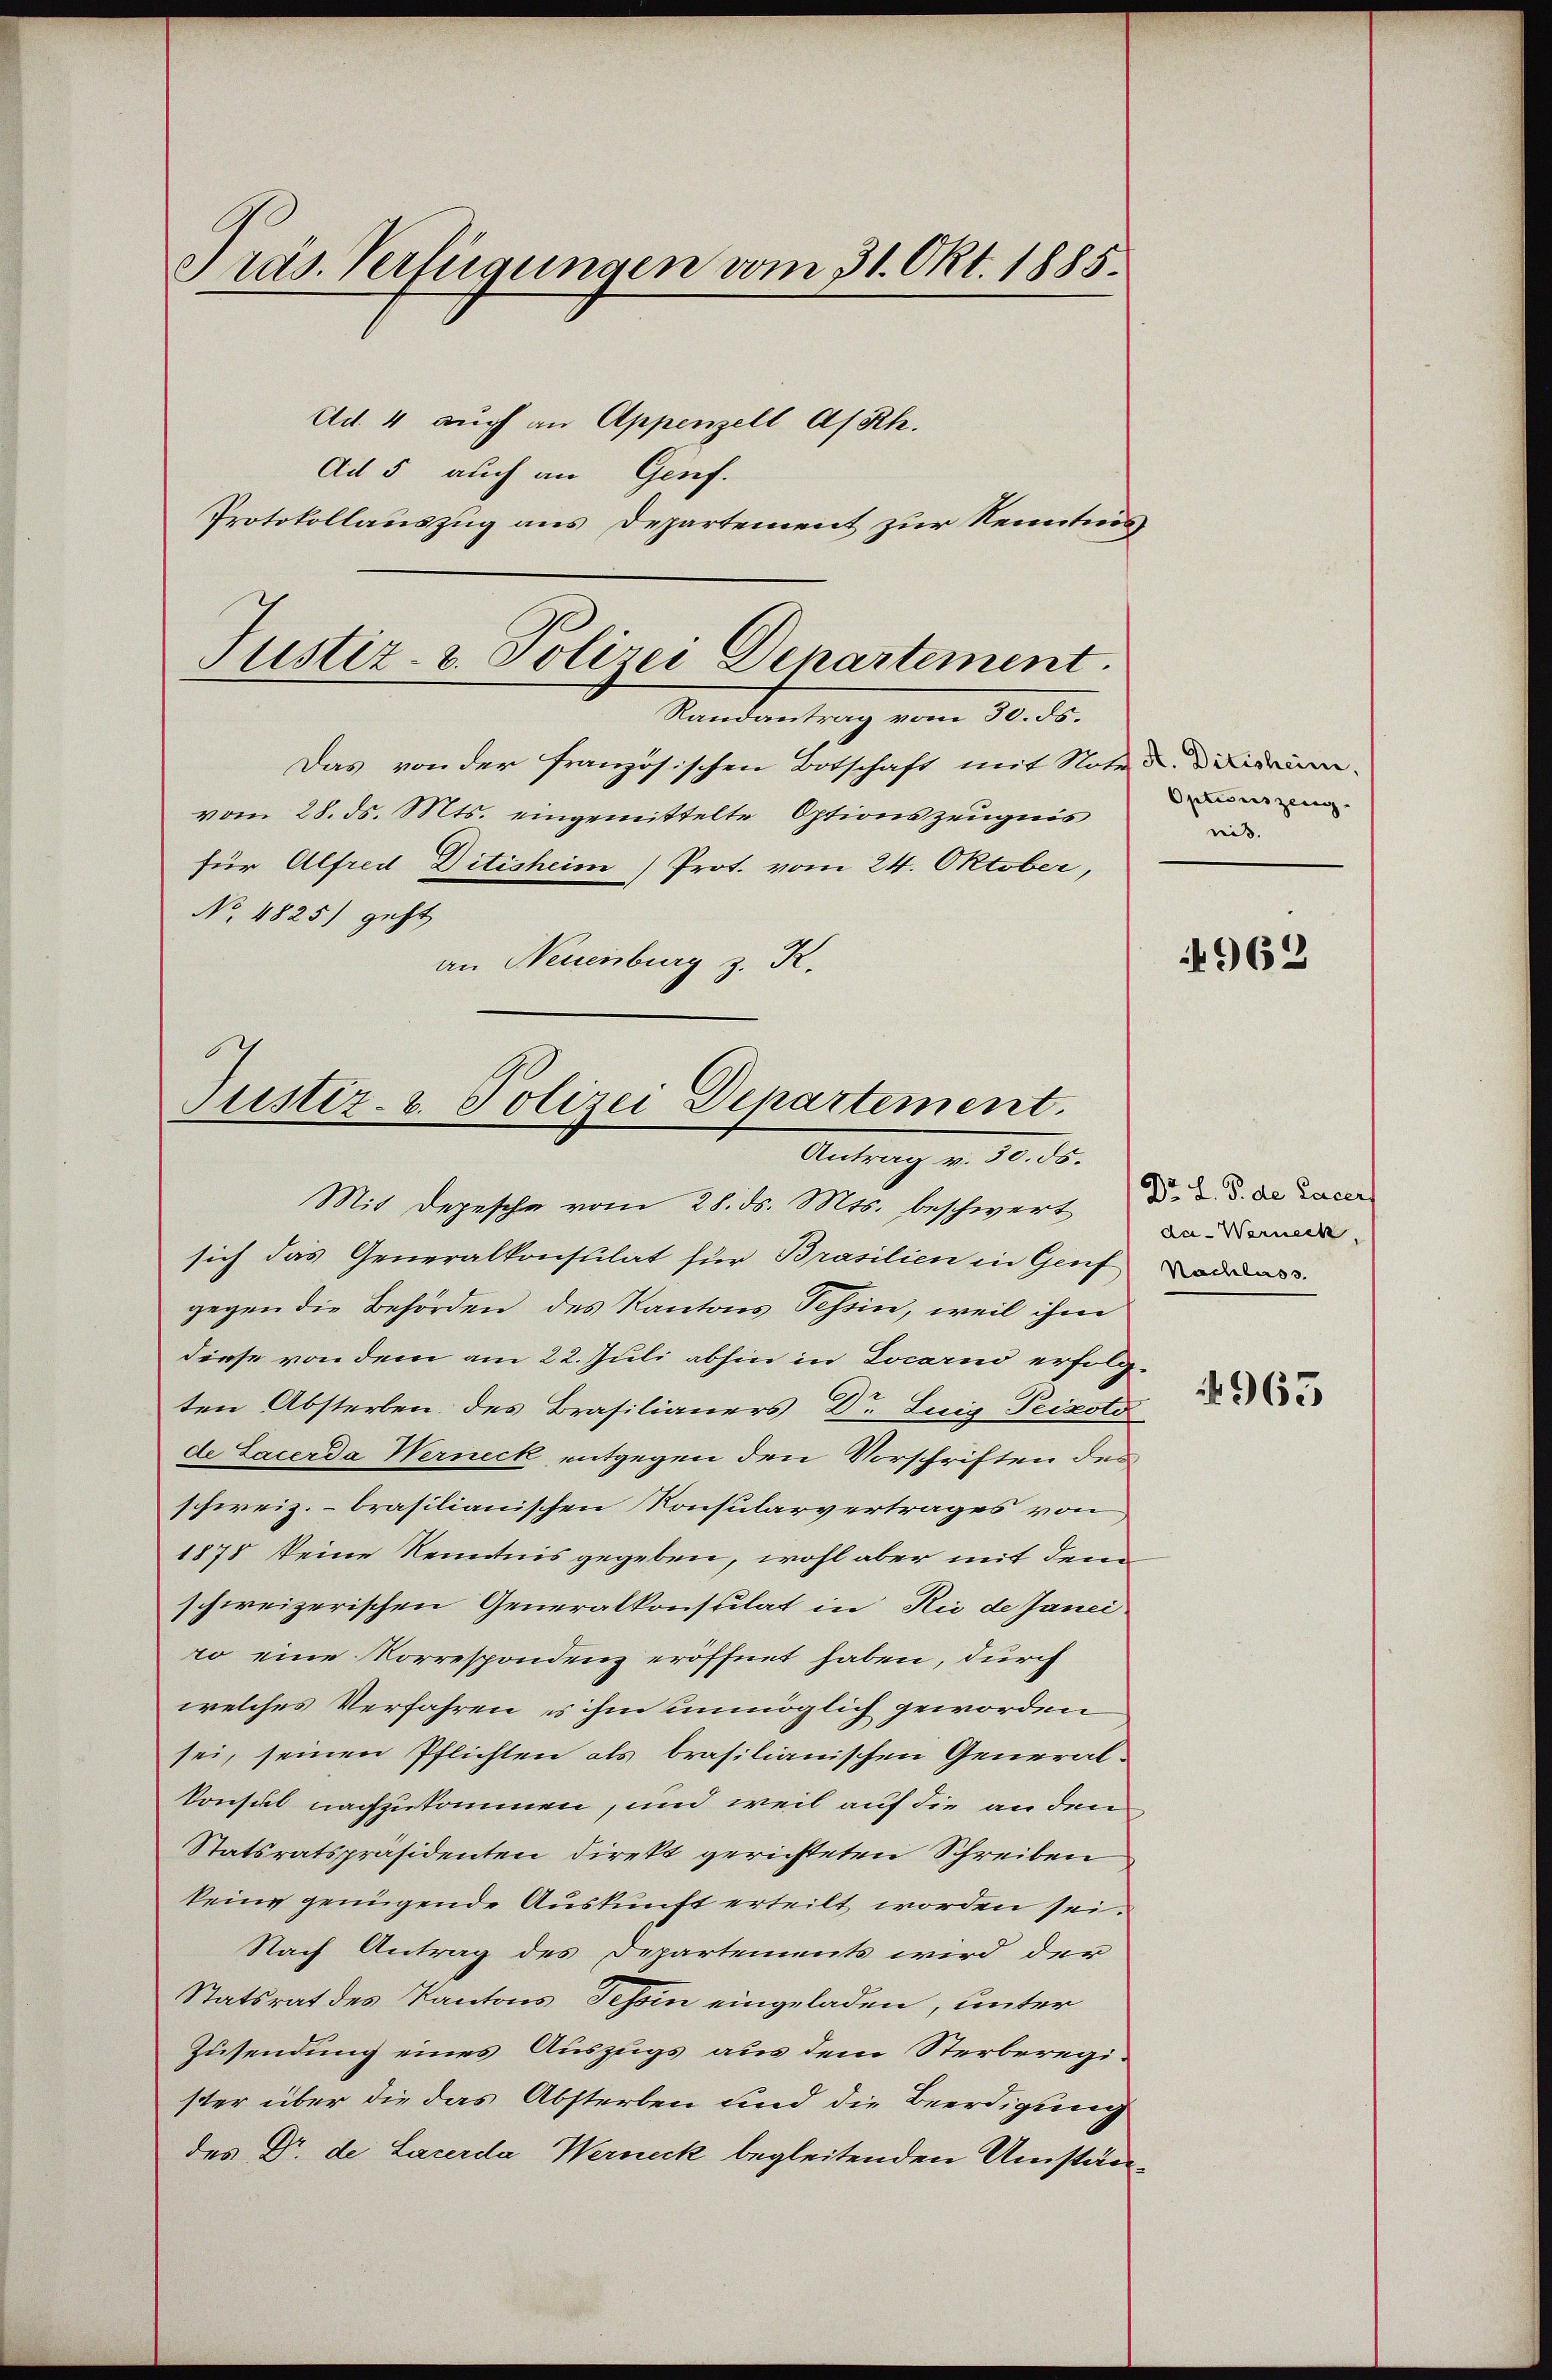
Präs. Verfügungen vom 31. Okt. 1885.

Ad. 4 auch an Appenzell A/Rh.
Ad 5 auch an Genf.
Protokollauszug aus Departement zur Kenntnis

Justiz- & Polizei Departement.
Randantrag vom 30. ds.

Das von der französischen Botschaft mit Note daidin-
vom 28. ds. Mts. eingemittelte Optionszeugnis
für Alfred Ditisheim) Prot. vom 24. Oktober,
No 4825) geht
an Neuenburg z. R.

Justiz- u. Polizei Departement.
Antrag v. 30. 55.

Mit Depesche vom 28. ds. Mts. beschwert
sich das Generalkonsulat für Brasilien in Genf das
gegen die Behörden des Kantons Tessin, weil ihm
diese von dem am 22. Juli abhin in Locarno erfolgten Absterben des Brasilianers Dr. Luig Peizoto
de Sacerda Werneck entgegen den Vorschriften des
schweiz. - brasilianischen Konsularvertrages von
1878 keine Kenntnis gegeben, wohl aber mit dem
schweizerischen Generalkonsulat in Rio de Janei
ro eine Korrespondenz eröffnet haben, durch
welches Verfahren, es ihm unmöglich geworden
sei, seinen Pflichten als brasilianischen General-
konsul nachzukommen, und weil auf die an den
Statsratspräsidenten direkt gerichteten Schreiben
keine genügende Auskunft erteilt worden sei.
Nach Antrag des Departements wird der
Statsrat des Kantons Tessin eingeladen, unter
Zusendung eines Auszugs aus dem Sterberegister über die das Absterben und die Beerdigung
des Dr. de Lacerda Werneck begleitenden Umstän¬

Opticreszeugg.
nis.

962

Dr. L. P. de Lacer
da - Warneck

965